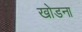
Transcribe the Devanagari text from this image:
खोडना